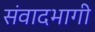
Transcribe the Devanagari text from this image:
संवादभागी